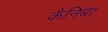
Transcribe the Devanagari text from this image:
कैनिबा